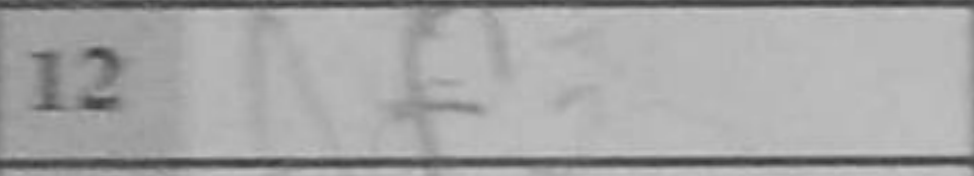
Transcription: Nf3